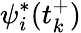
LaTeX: \psi_{i}^{*}(t_{k}^{+})